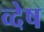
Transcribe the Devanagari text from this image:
व्देष